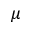
\boldsymbol { \mu }